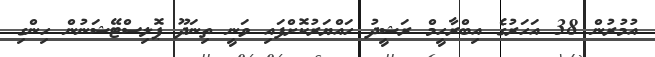
އުމުރުން 38 އަހަރުގެ އިބްރާހީމް ރަޝީދު ހައްޔަރުކޮށްފައި ވަނީ ތިނަދޫ ޕޮލިސްޓޭޝަނުން ހިންގި